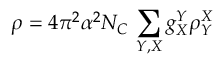
\rho = 4 \pi ^ { 2 } \alpha ^ { 2 } N _ { C } \, \sum _ { Y , X } g _ { X } ^ { Y } \rho _ { Y } ^ { X }